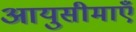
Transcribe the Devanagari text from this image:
आयुसीमाएँ